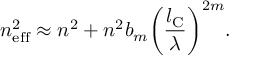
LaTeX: n _ { \mathrm { e f f } } ^ { 2 } \approx n ^ { 2 } + n ^ { 2 } b _ { m } \biggl ( \frac { l _ { \mathrm { C } } } { \lambda } \biggr ) ^ { 2 m } .